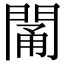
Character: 𨴭